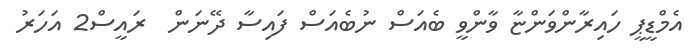
އެމްޑީޕީ ހައިރާންވަންޏާ ވާންވީ ބެއަސް ނުބެއަސް ފައިސާ ދޭނަން  ރައީސް2 އަހަރު